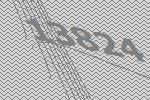
13824